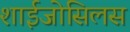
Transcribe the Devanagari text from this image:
शाईजोसिलस